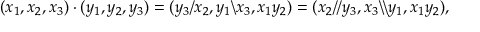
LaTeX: ( x _ { 1 } , x _ { 2 } , x _ { 3 } ) \cdot ( y _ { 1 } , y _ { 2 } , y _ { 3 } ) = ( y _ { 3 } / x _ { 2 } , y _ { 1 } \backslash x _ { 3 } , x _ { 1 } y _ { 2 } ) = ( x _ { 2 } / / y _ { 3 } , x _ { 3 } \backslash \backslash y _ { 1 } , x _ { 1 } y _ { 2 } ) ,